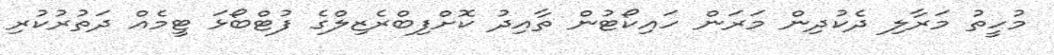
މުހީތު މަރާލި ދެކުދިން މަރަން ހައިކޯޓުން ތާއިދު ކޮށްފިބްރެޒިލްގެ ފުޓްބޯޅަ ޓީމެއް ދަތުރުކުރި